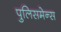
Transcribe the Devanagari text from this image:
पुलिसमेन्स